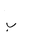
Letter: _ba